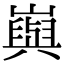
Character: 㠘